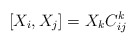
\begin{align*} [X_i,X_j]=X_kC_{ij}^k\end{align*}